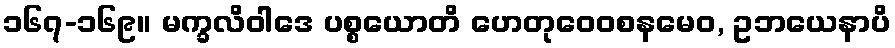
၁၆၇-၁၆၉။ မက္ခလိဝါဒေ ပစ္စယောတိ ဟေတုဝေဝစနမေဝ, ဥဘယေနာပိ